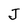
Character: J